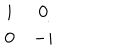
\begin{array} { c c } { { i } } & { { 0 } } \\ { { 0 } } & { { - i } } \\ \end{array}